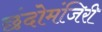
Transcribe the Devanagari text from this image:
छंदोमंजिरी